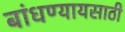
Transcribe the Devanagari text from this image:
बांधण्यायसाठी